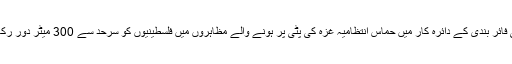
عارضی فائر بندی کے دائرہ کار میں حماس انتظامیہ غزہ کی پٹی پر ہونے والے مظاہروں میں فلسطینیوں کو سرحد سے 300 میٹر دور رکھے گی۔